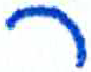
אות: ר